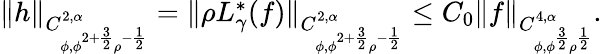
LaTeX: \begin{array}{r}{\| h\| _{C_{\phi,\phi^{2+\frac{3}{2}}\rho^{-\frac{1}{2}}}^{2,\alpha}}=\| \rho L_{\gamma}^{*}(f)\| _{C_{\phi,\phi^{2+\frac{3}{2}}\rho^{-\frac{1}{2}}}^{2,\alpha}}\leq C_{0}\| f\| _{C_{\phi,\phi^{\frac{3}{2}}\rho^{\frac{1}{2}}}^{4,\alpha}}.}\end{array}